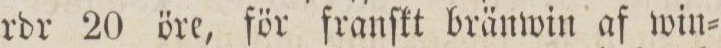
rdr 20 öre, för franſkt bränwin af win=